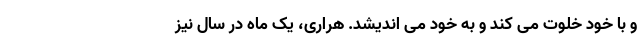
و با خود خلوت می کند و به خود می اندیشد. هراری، یک ماه در سال نیز